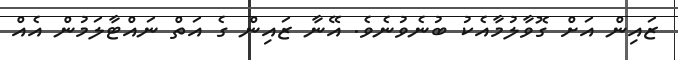
ޒައިން އަށް ގޮވާލުމާއެކު ބުނެވުނެވެ. އޭނާ ޒައިން ގެ އަތް ނައްޓާލަމުން އެއް